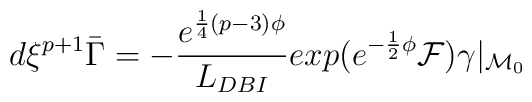
d\xi^{p+1} \bar\Gamma = - {e^{{1\over 4} (p-3) \phi} \over L_{DBI}} exp(e^{{-{1\over 2}\phi}} {\cal F}) \gamma \vert_{{\cal M}_0}